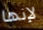
لإنها